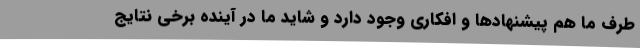
طرف ما هم پیشنهادها و افکاری وجود دارد و شاید ما در آینده برخی نتایج